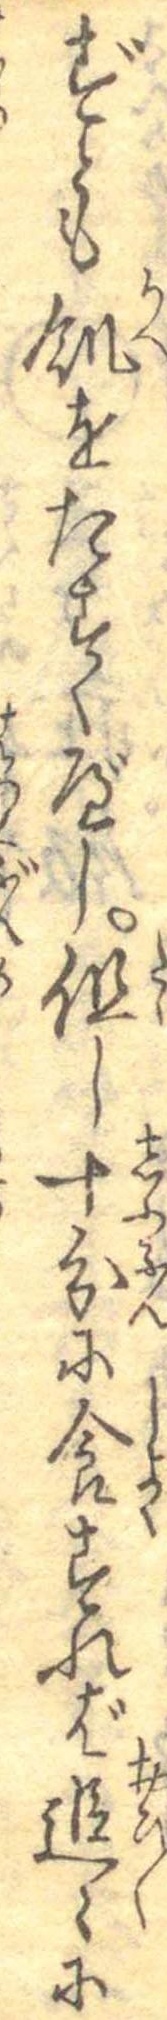
ずとも飢をたすくべし但し十分に食すれば追々に